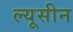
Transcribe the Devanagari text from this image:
ल्यूसीन